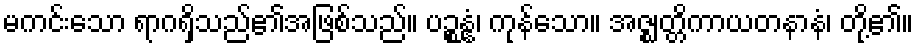
မကင်းသော ရာဂရှိသည်၏အဖြစ်သည်။ ပဉ္စန္နံ၊ ကုန်သော။ အဇ္ဈတ္တိကာယတနာနံ၊ တို့၏။